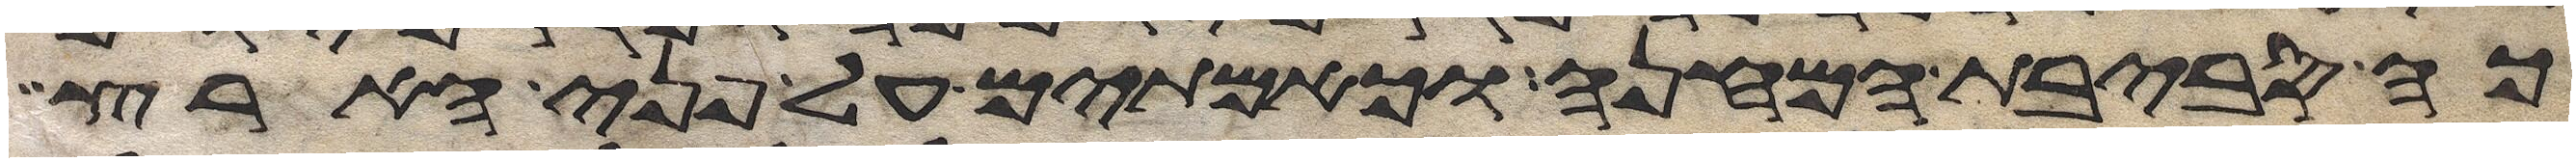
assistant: כה סביבת המחנה וכאמתים על פני הארץ